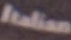
Italia